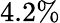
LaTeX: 4.2\%